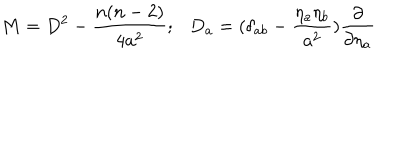
LaTeX: M = D ^ { 2 } - \frac { n ( n - 2 ) } { 4 a ^ { 2 } } ; D _ { a } = ( \delta _ { a b } - \frac { { \eta _ { a } } \eta _ { b } } { a ^ { 2 } } ) \frac { \partial } { \partial { \eta _ { a } } }